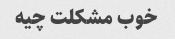
خوب مشکلت چیه